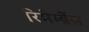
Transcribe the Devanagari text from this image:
रिमेम्ब्रेंस